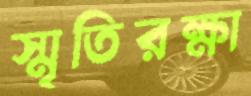
স্মৃতিরক্ষা